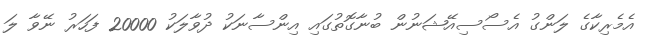
އެމެރިކާގެ ލަންގު އެސޯސިއޭޝަނުން ބުނާގޮތުގައި އިންސާނަކު ދުވާލަކު 20000 ފަހަރު ނޭވާ ލަ